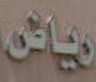
رياض